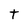
Character: t